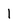
Character: l